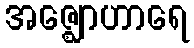
အဇ္ဈောဟာရေ